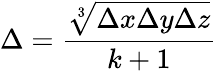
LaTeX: \Delta=\frac{\sqrt[3]{\Delta x\Delta y\Delta z}}{k+1}